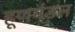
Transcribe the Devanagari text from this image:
हूणमंडल